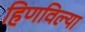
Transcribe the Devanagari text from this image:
हिणविल्या